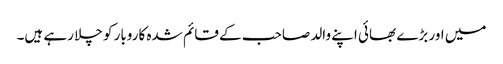
میں اور بڑے بھائی اپنے والد صاحب کے قائم شدہ کاروبار کو چلا رہے ہیں۔